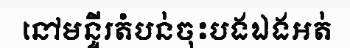
នៅមន្ទីរតំបន់ចុះបងឯងអត់